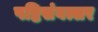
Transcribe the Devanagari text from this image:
षष्टिसंवत्सर